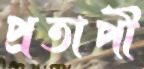
প্রতাপী